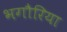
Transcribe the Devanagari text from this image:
भगौरिया